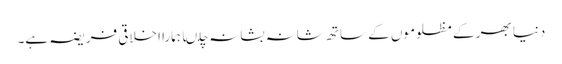
دنیا بھر کے مظلوموں کے ساتھ شانہ بشانہ چلںا ہمارا اخلاقی فریضہ ہے۔